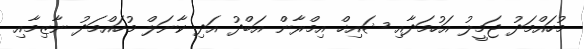
މުހައްމަދު ޖަމީލު އަހުމަދާއި ޝައިޚް އިމްރާން އަބްދު އަދި ކާނަލް މުހައްމަދު ނާޒިމާއި